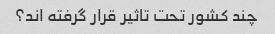
چند کشور تحت تاثیر قرار گرفته اند؟